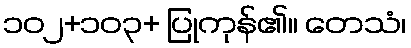
၁၀၂+၁၀၃+ ပြုကုန်၏။ တေသံ၊